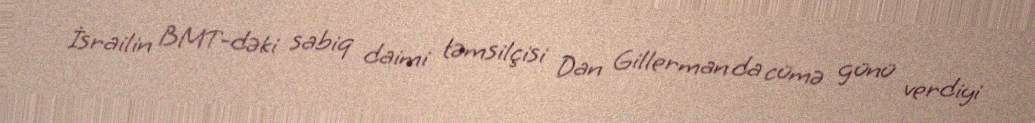
İsrailin BMT-dəki sabiq daimi təmsilçisi Dan Gillerman da cümə günü verdiyi